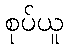
စုပ်ယူ